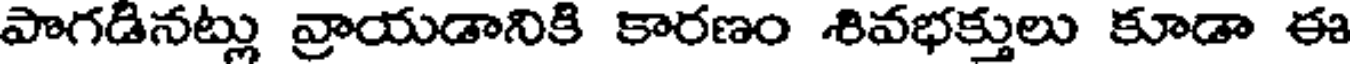
పాగడినట్లు వ్రాయడానికి కారణం శివభక్తులు కూడా ఈ